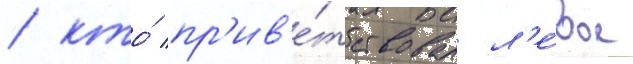
/ кто́ пр'ив'е́тствовал л'е́вое